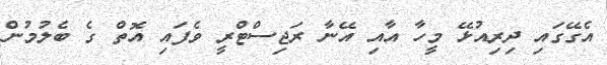
އެގޭގައި ދިރިއުޅޭ މީހާ އާއި އޭނާ ރަޖިސްޓްރީ ވެފައި އޮތް ގެ ބެލުމުން